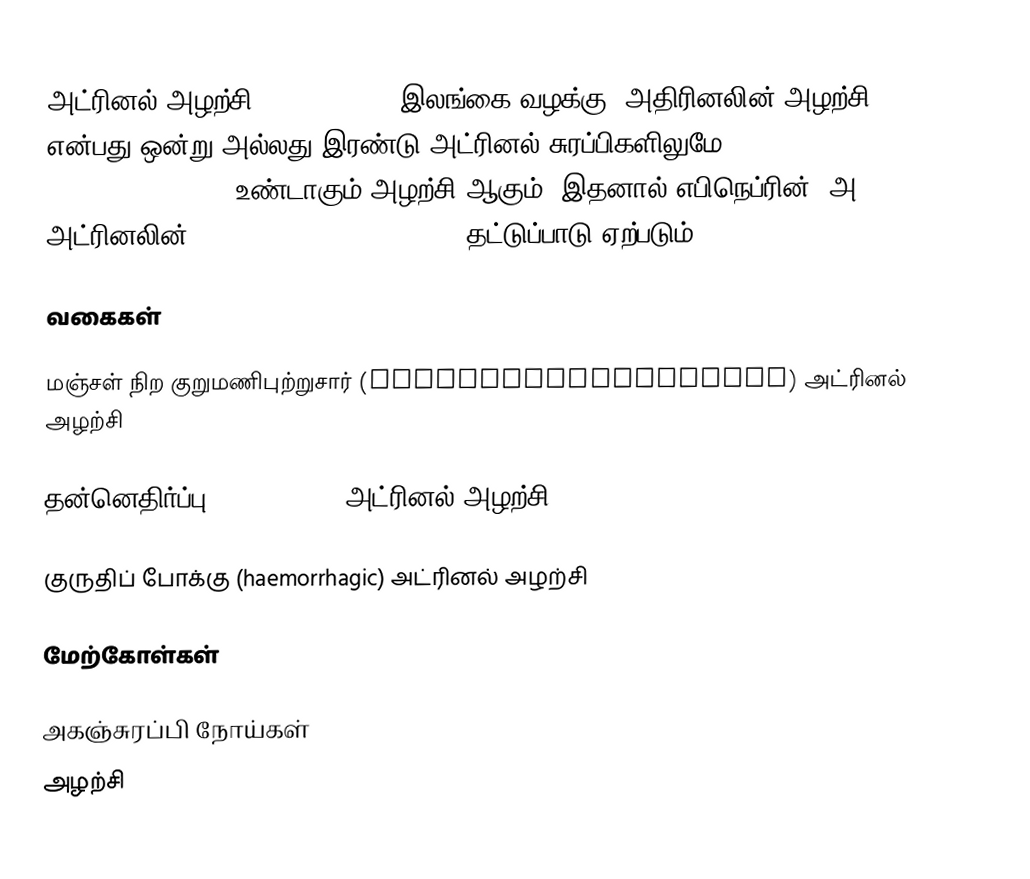
அட்ரினல் அழற்சி (adrenalitis, இலங்கை வழக்கு: அதிரினலின் அழற்சி) என்பது ஒன்று அல்லது இரண்டு அட்ரினல் சுரப்பிகளிலுமே (adrenaline glands or suprarenal glands) உண்டாகும் அழற்சி ஆகும். இதனால் எபிநெப்ரின் (அ) அட்ரினலின் (epinephrin or adrenaline) தட்டுப்பாடு ஏற்படும்.

வகைகள்

 மஞ்சள் நிற குறுமணிபுற்றுசார் (xanthogranulomatous) அட்ரினல் அழற்சி

 தன்னெதிர்ப்பு (autoimmune) அட்ரினல் அழற்சி

 குருதிப் போக்கு (haemorrhagic) அட்ரினல் அழற்சி

மேற்கோள்கள்

அகஞ்சுரப்பி நோய்கள்
அழற்சி